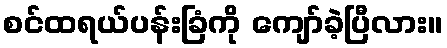
စင်ထရယ်ပန်းခြံကို ကျော်ခဲ့ပြီလား။